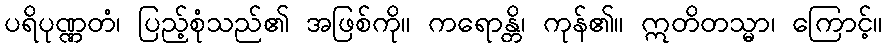
ပရိပုဏ္ဏတံ၊ ပြည့်စုံသည်၏ အဖြစ်ကို။ ကရောန္တိ၊ ကုန်၏။ ဣတိတသ္မာ၊ ကြောင့်။